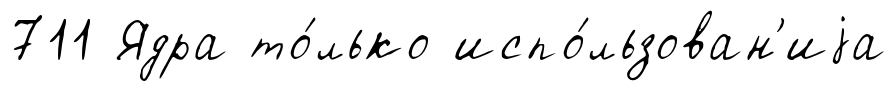
711 Ядра то́лько испо́льзован'иjа